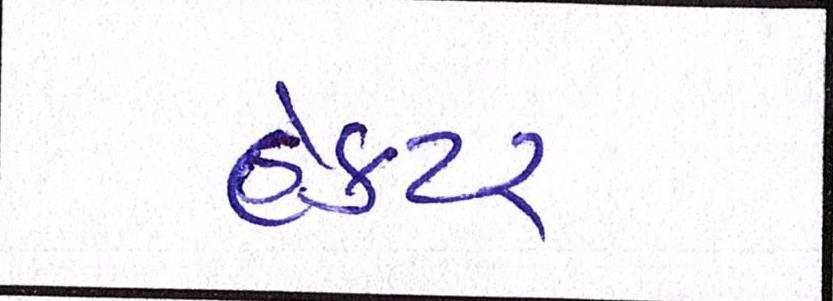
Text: હેક્ટર